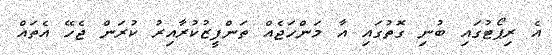
އެ ރިޕޯޓުގައި ބުނި ގޮތުގައި އާ މަންހަޖެއް ތަންފީޒުކުރާއިރު ކުރަން ޖެހޭ އެތައް